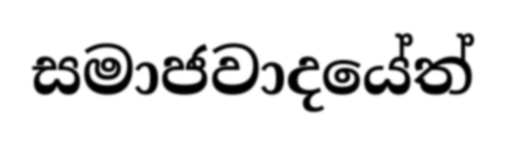
සමාජවාදයේත්